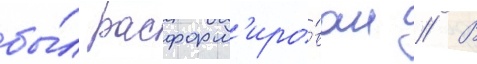
бы́л расформ'иро́ван // В